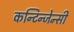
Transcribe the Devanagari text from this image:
कन्टिन्जेन्सी